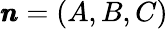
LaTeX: \pmb{n}=(A,B,C)